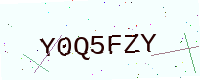
Text: Y0Q5FZY